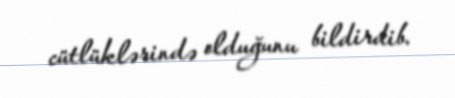
cütlüklərində olduğunu bildirdib.